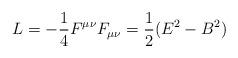
LaTeX: \begin{align*}L=-\frac{1}{4}F^{\mu\nu}F_{\mu\nu}=\frac{1}{2}(E^2-B^2)\end{align*}